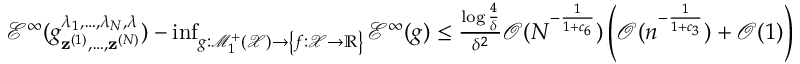
\begin{array} { r } { \mathcal { E } ^ { \infty } ( g _ { { \bf z } ^ { ( 1 ) } , \ldots , { \bf z } ^ { ( N ) } } ^ { \lambda _ { 1 } , \ldots , \lambda _ { N } , \lambda } ) - \operatorname* { i n f } _ { g : \mathcal { M } _ { 1 } ^ { + } ( \mathcal { X } ) \to \left\{ f : \mathcal { X } \to \mathbb { R } \right\} } \mathcal { E } ^ { \infty } ( g ) \leq \frac { \log \frac { 4 } { \delta } } { \delta ^ { 2 } } \mathcal { O } ( N ^ { - \frac { 1 } { 1 + c _ { 6 } } } ) \left( \mathcal { O } ( { n ^ { - \frac { 1 } { 1 + c _ { 3 } } } } ) + \mathcal { O } ( 1 ) \right) } \end{array}